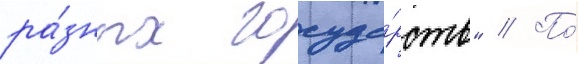
ра́зных госуда́рств" // По́